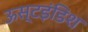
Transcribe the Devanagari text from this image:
ऊस्टइंडिश